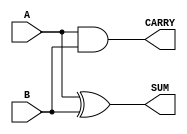
module Parameterized_Half_Adder #(parameter BIT_WIDTH = 1) (
    input  [BIT_WIDTH-1:0] A,      // First operand
    input  [BIT_WIDTH-1:0] B,      // Second operand
    output [BIT_WIDTH-1:0] SUM,     // Sum output
    output [BIT_WIDTH-1:0] CARRY    // Carry output
);

    // Ensure the inputs are single-bit for a half-adder
    generate
        if (BIT_WIDTH == 1) begin
            assign SUM   = A ^ B;     // Sum is A XOR B
            assign CARRY = A & B;     // Carry is A AND B
        end else begin
            // If BIT_WIDTH is not 1, we can either throw an error or handle it differently
            // Here we can assign default values (zero) for non-single-bit widths
            assign SUM   = {BIT_WIDTH{1'b0}};
            assign CARRY = {BIT_WIDTH{1'b0}};
        end
    endgenerate

endmodule